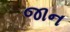
જાન